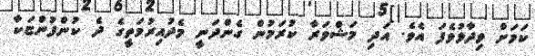
ކަމަށް ވިދާޅުވެފަ އެވެ. އަދި މަޝްވަރާ ކުރަމުން ގެންދަނީ މެދުއިރުމަތީގެ ދެ ކުންފުންޏަކާ